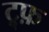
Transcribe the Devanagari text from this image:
ट्र्फ़